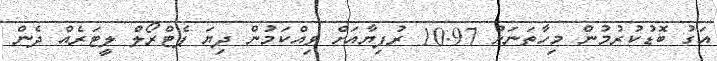
އަގު ބޮޑުކުރުމުން މިހާތަނަށް 10.97 ރުފިޔާއަށް ވިއްކަމުން ދިޔަ ޕެޓްރޯލް ލީޓަރެއް ދެން